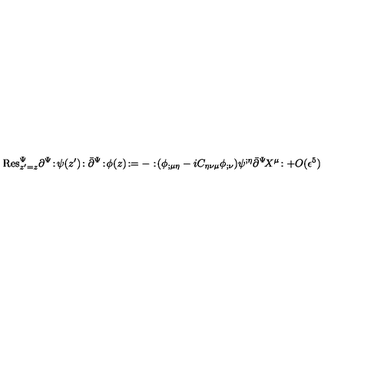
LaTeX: \mathrm { R e s } _ { z ^ { \prime } = z } ^ { \Psi } \partial ^ { \Psi } \! : \! \psi ( z ^ { \prime } ) \! : \bar { \partial } ^ { \Psi } \! : \! \phi ( z ) \! : = - : \! ( \phi _ { ; \mu \eta } - i C _ { \eta \nu \mu } \phi _ { ; \nu } ) \psi ^ { ; \eta } \bar { \partial } ^ { \Psi } \! X ^ { \mu } \! : + O ( \epsilon ^ { 5 } )